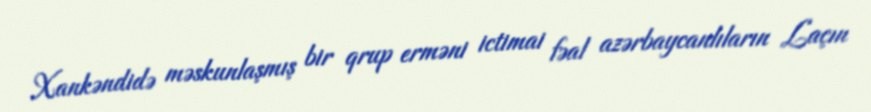
Xankəndidə məskunlaşmış bir qrup erməni ictimai fəal azərbaycanlıların Laçın